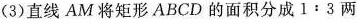
（3）直线AM将矩形ABCD的面积分成$$1 ：3$$两